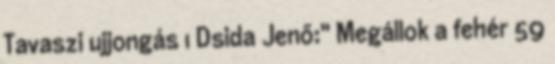
Tavaszi ujjongás 1 Dsida Jenő:" Megállok a fehér 59